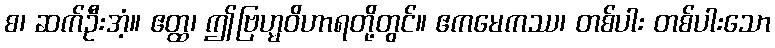
စ၊ ဆက်ဦးအံ့။ ဧတ္ထ၊ ဤဗြဟ္မဝိဟာရတို့တွင်။ ဧကမေကဿ၊ တစ်ပါး တစ်ပါးသော